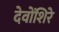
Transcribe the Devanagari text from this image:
देवोंशिरे